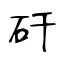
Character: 矸